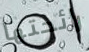
رائحتها